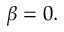
\beta = 0 .